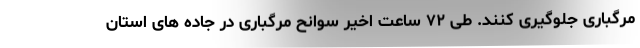
مرگباری جلوگیری کنند. طی ۷۲ ساعت اخیر سوانح مرگباری در جاده های استان